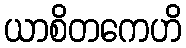
ယာစိတကေဟိ